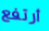
أرتفع